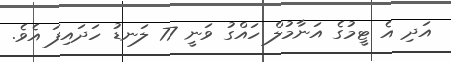
އަދި އެ ޓީމުގެ އަނާމުލް ހައްގު ވަނީ 77 ލަނޑު ހަދައިފަ އެވެ.